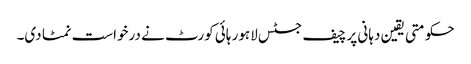
حکومتی یقین دہانی پر چیف جسٹس لاہور ہائی کورٹ نے درخواست نمٹا دی۔